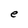
Character: e